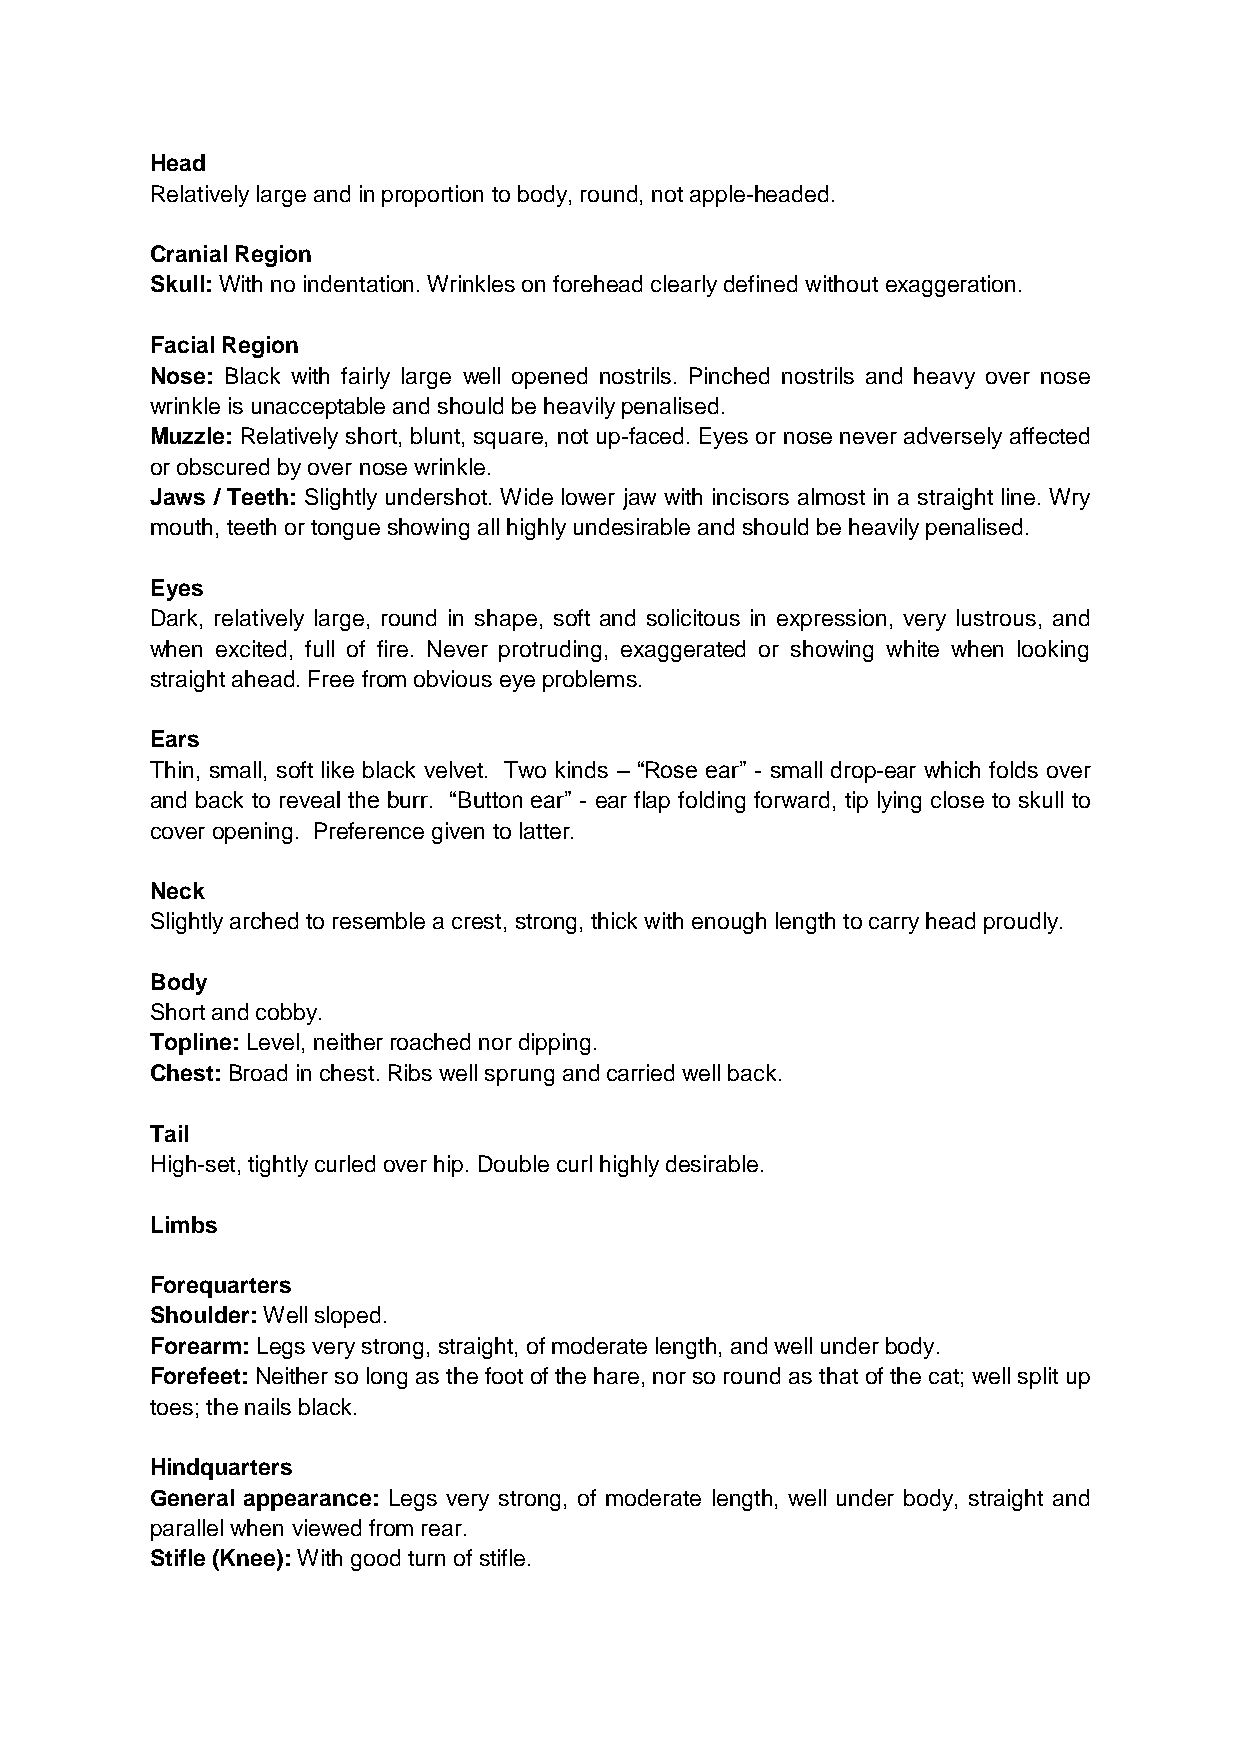
Head
 Relatively large and in proportion to body, round, not apple-headed.
 Cranial Region
 Skull: With no indentation. Wrinkles on forehead clearly defined without exaggeration.
 Facial Region
 Nose: Black with fairly large well opened nostrils. Pinched nostrils and heavy over nose
 wrinkle is unacceptable and should be heavily penalised.
 Muzzle: Relatively short, blunt, square, not up-faced. Eyes or nose never adversely affected
 or obscured by over nose wrinkle.
 Jaws / Teeth: Slightly undershot. Wide lower jaw with incisors almost in a straight line. Wry
 mouth, teeth or tongue showing all highly undesirable and should be heavily penalised.
 Eyes
 Dark, relatively large, round in shape, soft and solicitous in expression, very lustrous, and
 when excited, full of fire. Never protruding, exaggerated or showing white when looking
 straight ahead. Free from obvious eye problems.
 Ears
 Thin, small, soft like black velvet. Two kinds – “Rose ear” - small drop-ear which folds over
 and back to reveal the burr. “Button ear” - ear flap folding forward, tip lying close to skull to
 cover opening. Preference given to latter.
 Neck
 Slightly arched to resemble a crest, strong, thick with enough length to carry head proudly.
 Body
 Short and cobby.
 Topline: Level, neither roached nor dipping.
 Chest: Broad in chest. Ribs well sprung and carried well back.
 Tail
 High-set, tightly curled over hip. Double curl highly desirable.
 Limbs
 Forequarters
 Shoulder: Well sloped.
 Forearm: Legs very strong, straight, of moderate length, and well under body.
 Forefeet: Neither so long as the foot of the hare, nor so round as that of the cat; well split up
 toes; the nails black.
 Hindquarters
 General appearance: Legs very strong, of moderate length, well under body, straight and
 parallel when viewed from rear.
 Stifle (Knee): With good turn of stifle.